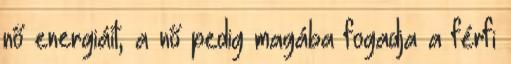
nő energiáit, a nő pedig magába fogadja a férfi